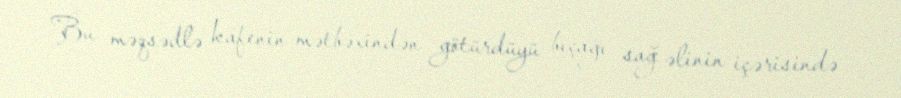
Bu məqsədlə kafenin mətbəxindən götürdüyü bıçağı sağ əlinin içərisində